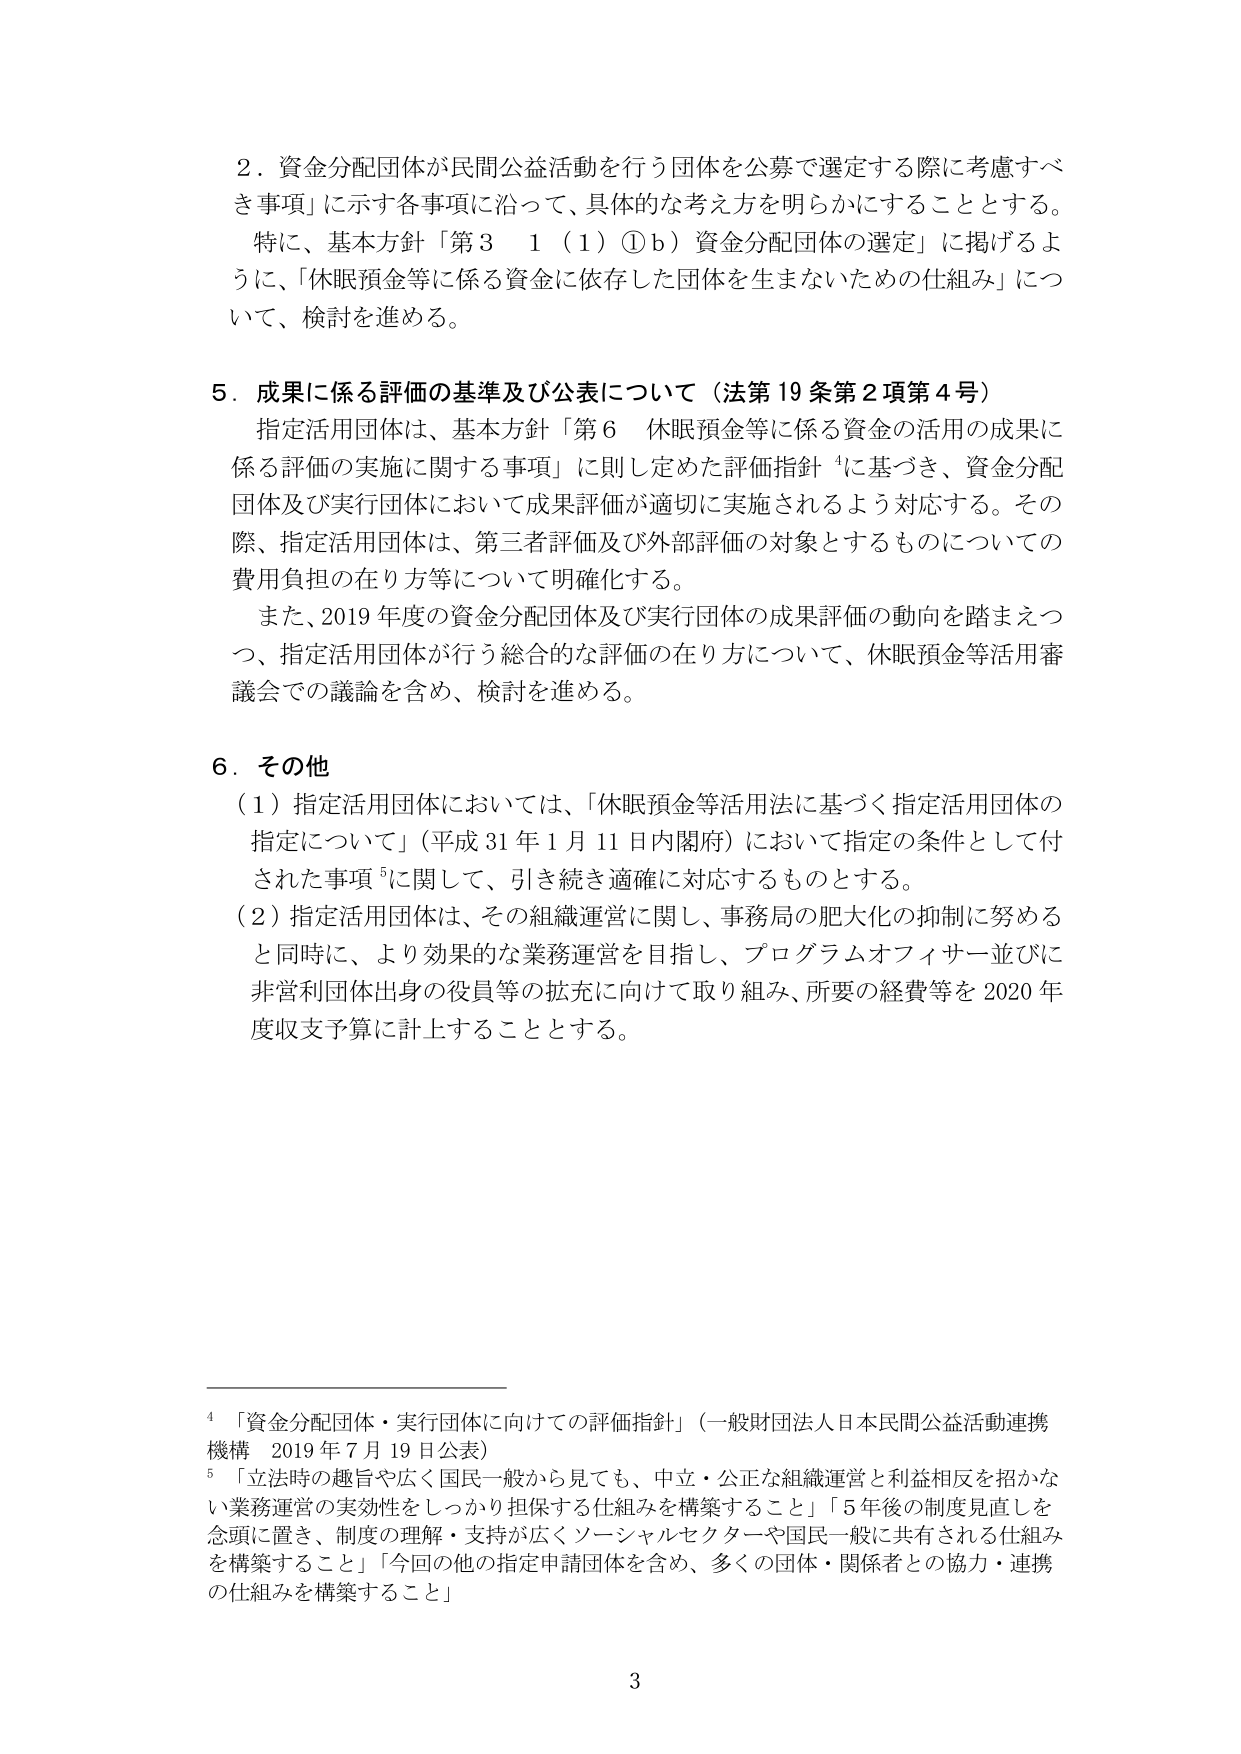
2．資金分配団体が民間公益活動を行う団体を公募で選定する際に考慮すべき事項」に示す各事項に沿って、具体的な考え方を明らかにすることとする。
特に、基本方針「第3 1（1）①b）資金分配団体の選定」に掲げるように、「休眠預金等に係る資金に依存した団体を生まないための仕組み」について、検討を進める。

5．成果に係る評価の基準及び公表について（法第19条第2項第4号）
指定活用団体は、基本方針「第6 休眠預金等に係る資金の活用の成果に係る評価の実施に関する事項」に則し定めた評価指針⁴に基づき、資金分配団体及び実行団体において成果評価が適切に実施されるよう対応する。その際、指定活用団体は、第三者評価及び外部評価の対象とするものについての費用負担の在り方等について明確化する。
また、2019年度の資金分配団体及び実行団体の成果評価の動向を踏まえつつ、指定活用団体が行う総合的な評価の在り方について、休眠預金等活用審議会での議論を含め、検討を進める。

6．その他
（1）指定活用団体においては、「休眠預金等活用法に基づく指定活用団体の指定について」（平成31年1月11日内閣府）において指定の条件として付された事項⁵に関して、引き続き適確に対応するものとする。
（2）指定活用団体は、その組織運営に関し、事務局の肥大化の抑制に努めると同時に、より効果的な業務運営を目指し、プログラムオフィサー並びに非営利団体出身の役員等の拡充に向けて取り組み、所要の経費等を2020年度収支予算に計上することとする。

⁴「資金分配団体・実行団体に向けての評価指針」（一般財団法人日本民間公益活動連携機構 2019年7月19日公表）
⁵「立法時の趣旨や広く国民一般から見ても、中立・公正な組織運営と利益相反を招かない業務運営の実効性をしっかり担保する仕組みを構築すること」「5年後の制度見直しを念頭に置き、制度の理解・支持が広くソーシャルセクターや国民一般に共有される仕組みを構築すること」「今回の他の指定申請団体を含め、多くの団体・関係者との協力・連携の仕組みを構築すること」

3